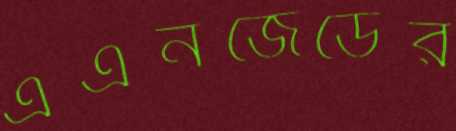
এএনজেডের